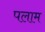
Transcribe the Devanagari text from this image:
पलाम